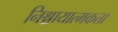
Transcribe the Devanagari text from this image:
निश्चायात्मकता